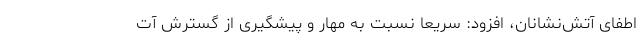
اطفای آتش‌نشانان، افزود: سریعا نسبت به مهار و پیشگیری از گسترش آت